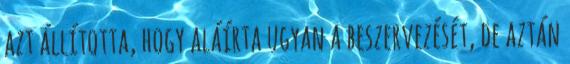
azt állította, hogy aláírta ugyan a beszervezését, de aztán